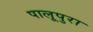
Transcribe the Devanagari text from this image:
पालूपुरा